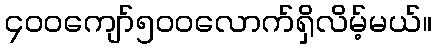
၄၀၀ကျော်၅၀၀လောက်ရှိလိမ့်မယ်။